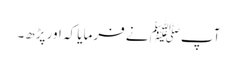
آپﷺ نے فرمایا کہ اور پڑھ۔